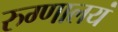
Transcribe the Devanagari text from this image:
रुग्णालयं